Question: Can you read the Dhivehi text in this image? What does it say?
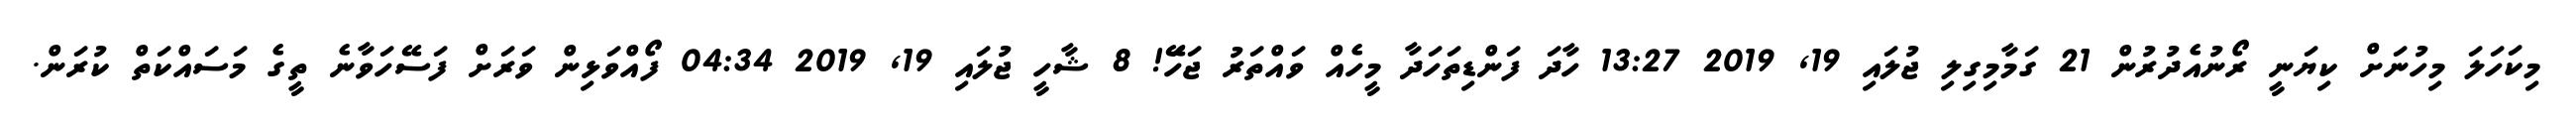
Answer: މިކަހަލަ މިހުނަށް ކިޔަނީ ރޯނުއެދުރުން 21 ގަމާމިގިލި ޖުލައި 19, 2019 13:27 ހާދަ ފަންޑިތަހަދާ މީހެއް ވައްތަރު ޖަހަަޭ! 8 ޝާހީ ޖުލައި 19, 2019 04:34 ފޯއްވަޅިން ވަރަށް ފަސޭހަވާނެ ތީގެ މަސައްކަތް ކުރަން.